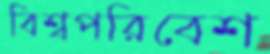
বিশ্বপরিবেশ